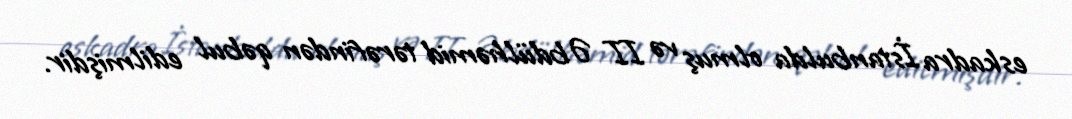
eskadra İstanbulda olmuş və II Əbdülhəmid tərəfindən qəbul edilmişdir.